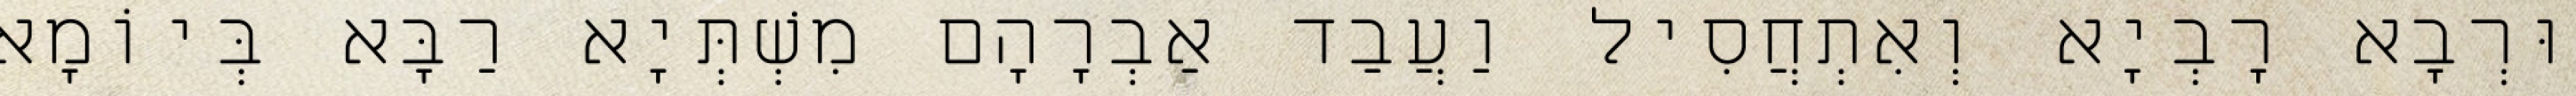
וּרְבָא רָבְיָא וְאִתְחֲסִיל וַעֲבַד אַבְרָהָם מִשְׁתְּיָא רַבָּא בְּיוֹמָא